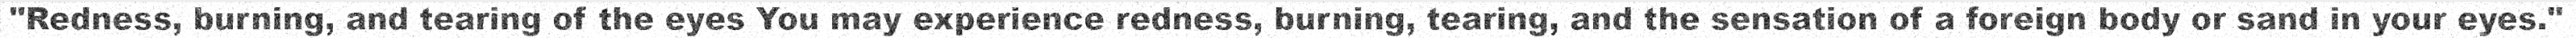
"Redness, burning, and tearing of the eyes You may experience redness, burning, tearing, and the sensation of a foreign body or sand in your eyes."